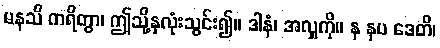
မနသိ ကရိတွာ၊ ဤသို့နှလုံးသွင်း၍။ ဒါနံ၊ အလှူကို။ န နပ ဒေတိ၊